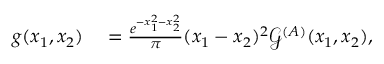
\begin{array} { r l } { g ( x _ { 1 } , x _ { 2 } ) } & { { } = \frac { e ^ { - x _ { 1 } ^ { 2 } - x _ { 2 } ^ { 2 } } } { \pi } ( x _ { 1 } - x _ { 2 } ) ^ { 2 } \mathcal { G } ^ { ( A ) } ( x _ { 1 } , x _ { 2 } ) , } \end{array}